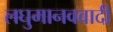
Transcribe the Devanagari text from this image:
लघुमानववादी